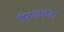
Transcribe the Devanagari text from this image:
पिएत्रसंता